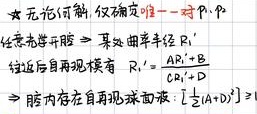
$$
\begin{align*}
& \text{无论何解，仅确定唯一一对 }p,q \\
& \text{任意光开启}\Rightarrow\text{某处曲率半径 }R' \\
& \text{经近后再现有模 }R'_1=\frac{R'}{|A|+B} \\
& \Rightarrow\text{腔内存在自再现球面波：}[1+(A)]^2 = 1
\end{align*}
$$